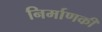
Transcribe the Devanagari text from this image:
निर्माणकी